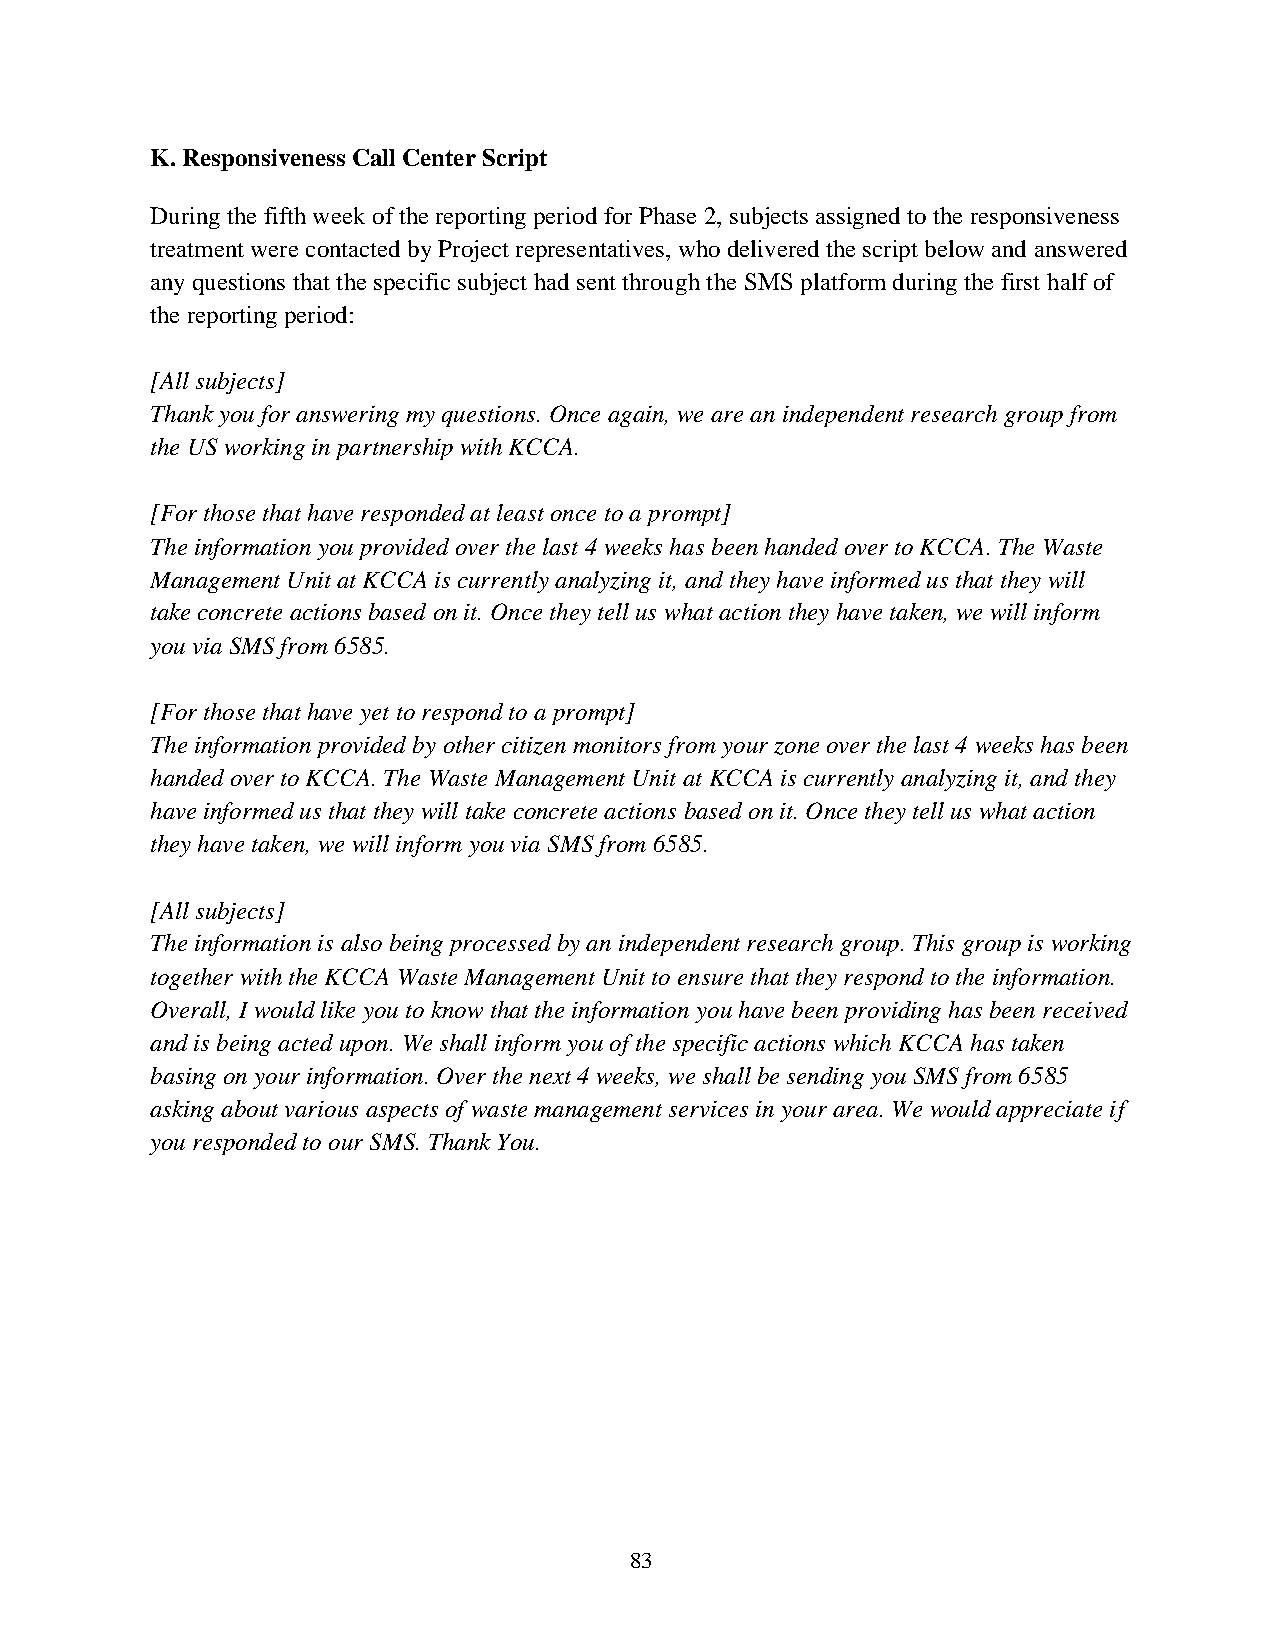
K. Responsiveness Call Center Script
 During the fifth week of the reporting period for Phase 2, subjects assigned to the responsiveness
 treatment were contacted by Project representatives, who delivered the script below and answered
 any questions that the specific subject had sent through the SMS platform during the first half of
 the reporting period:
 [All subjects]
 Thank you for answering my questions. Once again, we are an independent research group from
 the US working in partnership with KCCA.
 [For those that have responded at least once to a prompt]
 The information you provided over the last 4 weeks has been handed over to KCCA. The Waste
 Management Unit at KCCA is currently analyzing it, and they have informed us that they will
 take concrete actions based on it. Once they tell us what action they have taken, we will inform
 you via SMS from 6585.
 [For those that have yet to respond to a prompt]
 The information provided by other citizen monitors from your zone over the last 4 weeks has been
 handed over to KCCA. The Waste Management Unit at KCCA is currently analyzing it, and they
 have informed us that they will take concrete actions based on it. Once they tell us what action
 they have taken, we will inform you via SMS from 6585.
 [All subjects]
 The information is also being processed by an independent research group. This group is working
 together with the KCCA Waste Management Unit to ensure that they respond to the information.
 Overall, I would like you to know that the information you have been providing has been received
 and is being acted upon. We shall inform you of the specific actions which KCCA has taken
 basing on your information. Over the next 4 weeks, we shall be sending you SMS from 6585
 asking about various aspects of waste management services in your area. We would appreciate if
 you responded to our SMS. Thank You.
 83